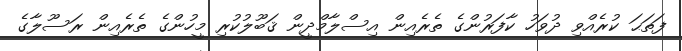
ފަތަޙަ ކުރެއްވި ދުވަހު ކާފަރުންގެ ތެރެއިން އިސްލާމްދީން ޤަބޫލުކުރި މީހުންގެ ތެރެއިން ރަސޫލާގެ